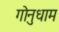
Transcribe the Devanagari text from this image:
गोनुधाम